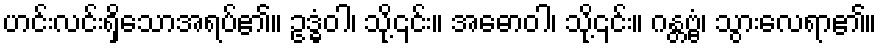
ဟင်းလင်းရှိသောအရပ်၏။ ဥဒ္ဓံဝါ၊ သို့၎င်း။ အဓောဝါ၊ သို့၎င်း။ ဂန္တဗ္ဗံ၊ သွားလေရာ၏။